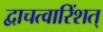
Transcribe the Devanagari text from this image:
द्वाचत्वारिंशत्